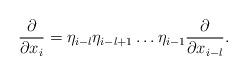
LaTeX: \begin{align*} \frac{\partial}{\partial x_i}=\eta_{i-l} \eta_{i-l+1} \dots \eta_{i-1} \frac{\partial}{\partial x_{i-l}}.\end{align*}